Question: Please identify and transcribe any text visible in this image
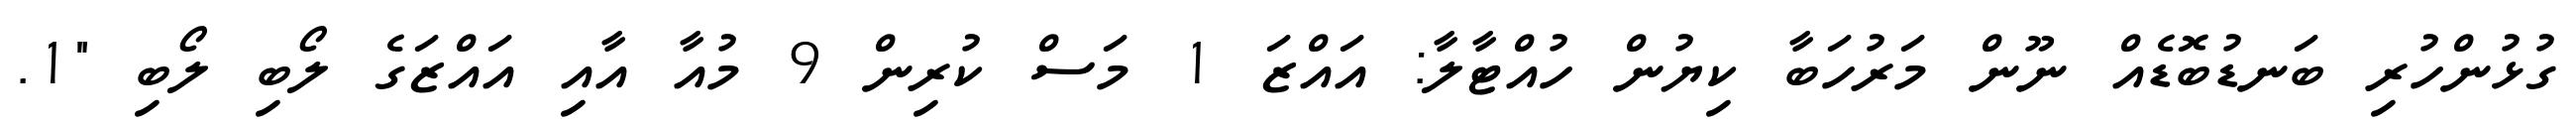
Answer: ގުޅުންހުރި ބަނޑުބޮޑެއް ނޫން މަރުހަބާ ކިޔުން ހުއްޓާލާ: އައްޒަ 1 މަސް ކުރިން 9 މުއާ އާއި އައްޒަގެ ލޯބި ލޯބި "1.